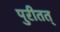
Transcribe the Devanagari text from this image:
पुरीतत्